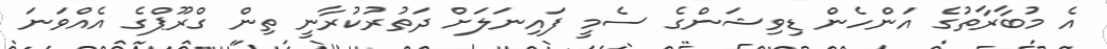
އެ މުބާރާތުގެ އަންހެން ޑިވިޝަންގެ ސެމީ ފައިނަލަށް ދަތުރުކުރާނީ ތިން ގްރޫޕްގެ އެއްވަނަ